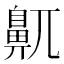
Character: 鼿